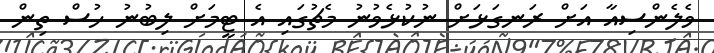
ވެލެންސިއާ އަށް ރަނގަޅަށް ނުކުޅެވުނު މެޗުގައި އެ ޓީމަށް ލިބުނު ހުސް ތިން